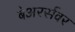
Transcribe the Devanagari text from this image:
बेअरर्सवर